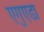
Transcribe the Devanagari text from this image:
एगुएडा